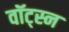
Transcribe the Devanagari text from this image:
वॉट्स्न